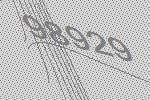
98929